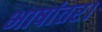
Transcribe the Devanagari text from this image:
भाषांतर।